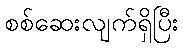
စစ်ဆေးလျက်ရှိပြီး